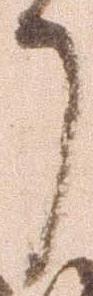
了